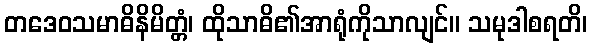
တဒေဝသမာဓိနိမိတ္တံ၊ ထိုသာဓိ၏အာရုံကိုသာလျင်။ သမုဒါစရတိ၊